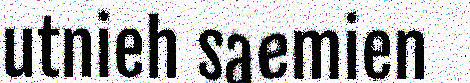
utnieh saemien